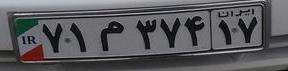
۷۱م۳۷۴۱۷